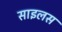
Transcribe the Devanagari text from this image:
साइलस